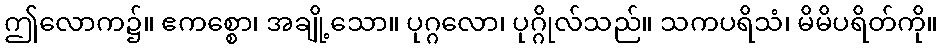
ဤလောက၌။ ဧကစ္စော၊ အချို့သော။ ပုဂ္ဂလော၊ ပုဂ္ဂိုလ်သည်။ သကပရိသံ၊ မိမိပရိတ်ကို။